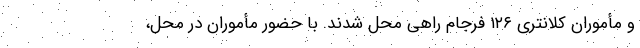
و مأموران کلانتری ۱۲۶ فرجام راهی محل شدند. با حضور مأموران در محل،